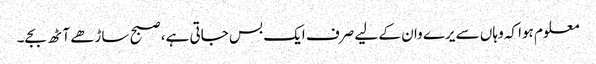
معلوم ہوا کہ وہاں سے یرے وان کے لیے صرف ایک بس جاتی ہے، صبح ساڑھے آٹھ بجے۔